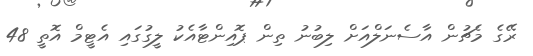
ރޭގެ މެޗުން އާސެނަލްއަށް ލިބުނު ތިން ޕޮއިންޓާއެކު ލީގުގައި އެޓީމް އޮތީ 48